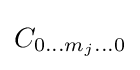
C_{0\dots m_{j}\dots 0}